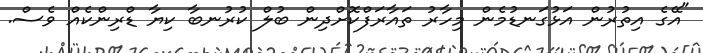
"އޭގެ އިތުރުން އަޅުގަނޑުމެން މިހާރު ތައާރަފްކޮށްދިން ބުލް ކުރުނބާ ކިޔާ ޑްރިންކެއް ވެސް.